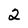
Character: 2